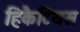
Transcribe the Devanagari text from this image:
हिकैटियस